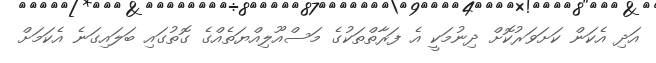
އަދި އެކަން ކަށަވަރުކޮށް ދިނުމަކީ އެ ފަރާތްތަކުގެ މަސްއޫލިއްޔަތެއްގެ ގޮތުގައި ބަލައިގަނެ އެކަމަށް